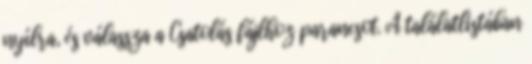
nyílra, és válassza a Csatolás fájlhoz parancsot. A találatlistában